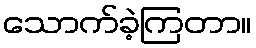
သောက်ခဲ့ကြတာ။